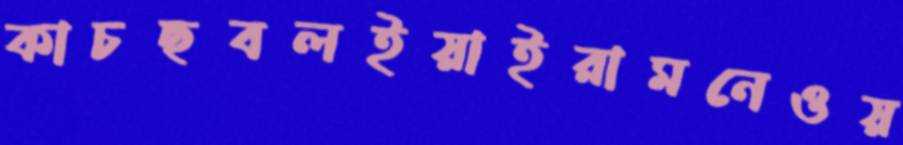
কাচছবলইয়াইরামনেওয়